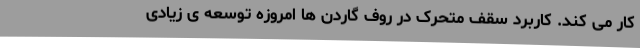
کار می کند. کاربرد سقف متحرک در روف گاردن ها امروزه توسعه ی زیادی